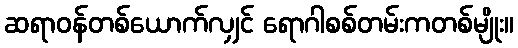
ဆရာဝန်တစ်ယောက်လျှင် ရောဂါစစ်တမ်းကတစ်မျိုး။